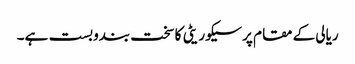
ریالی کے مقام پر سیکوریٹی کا سخت بندوبست ہے۔